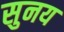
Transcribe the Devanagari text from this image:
सुनय